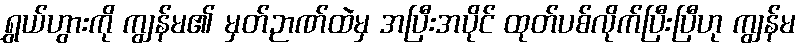
ရွှယ်ဟွားကို ကျွန်မ၏ မှတ်ဉာဏ်ထဲမှ အပြီးအပိုင် ထုတ်ပစ်လိုက်ပြီးပြီဟု ကျွန်မ